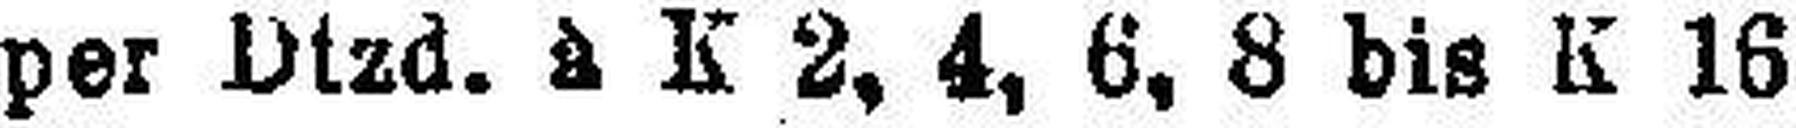
per Dtzd. à K 2, 4, 6, 8 bis K 16